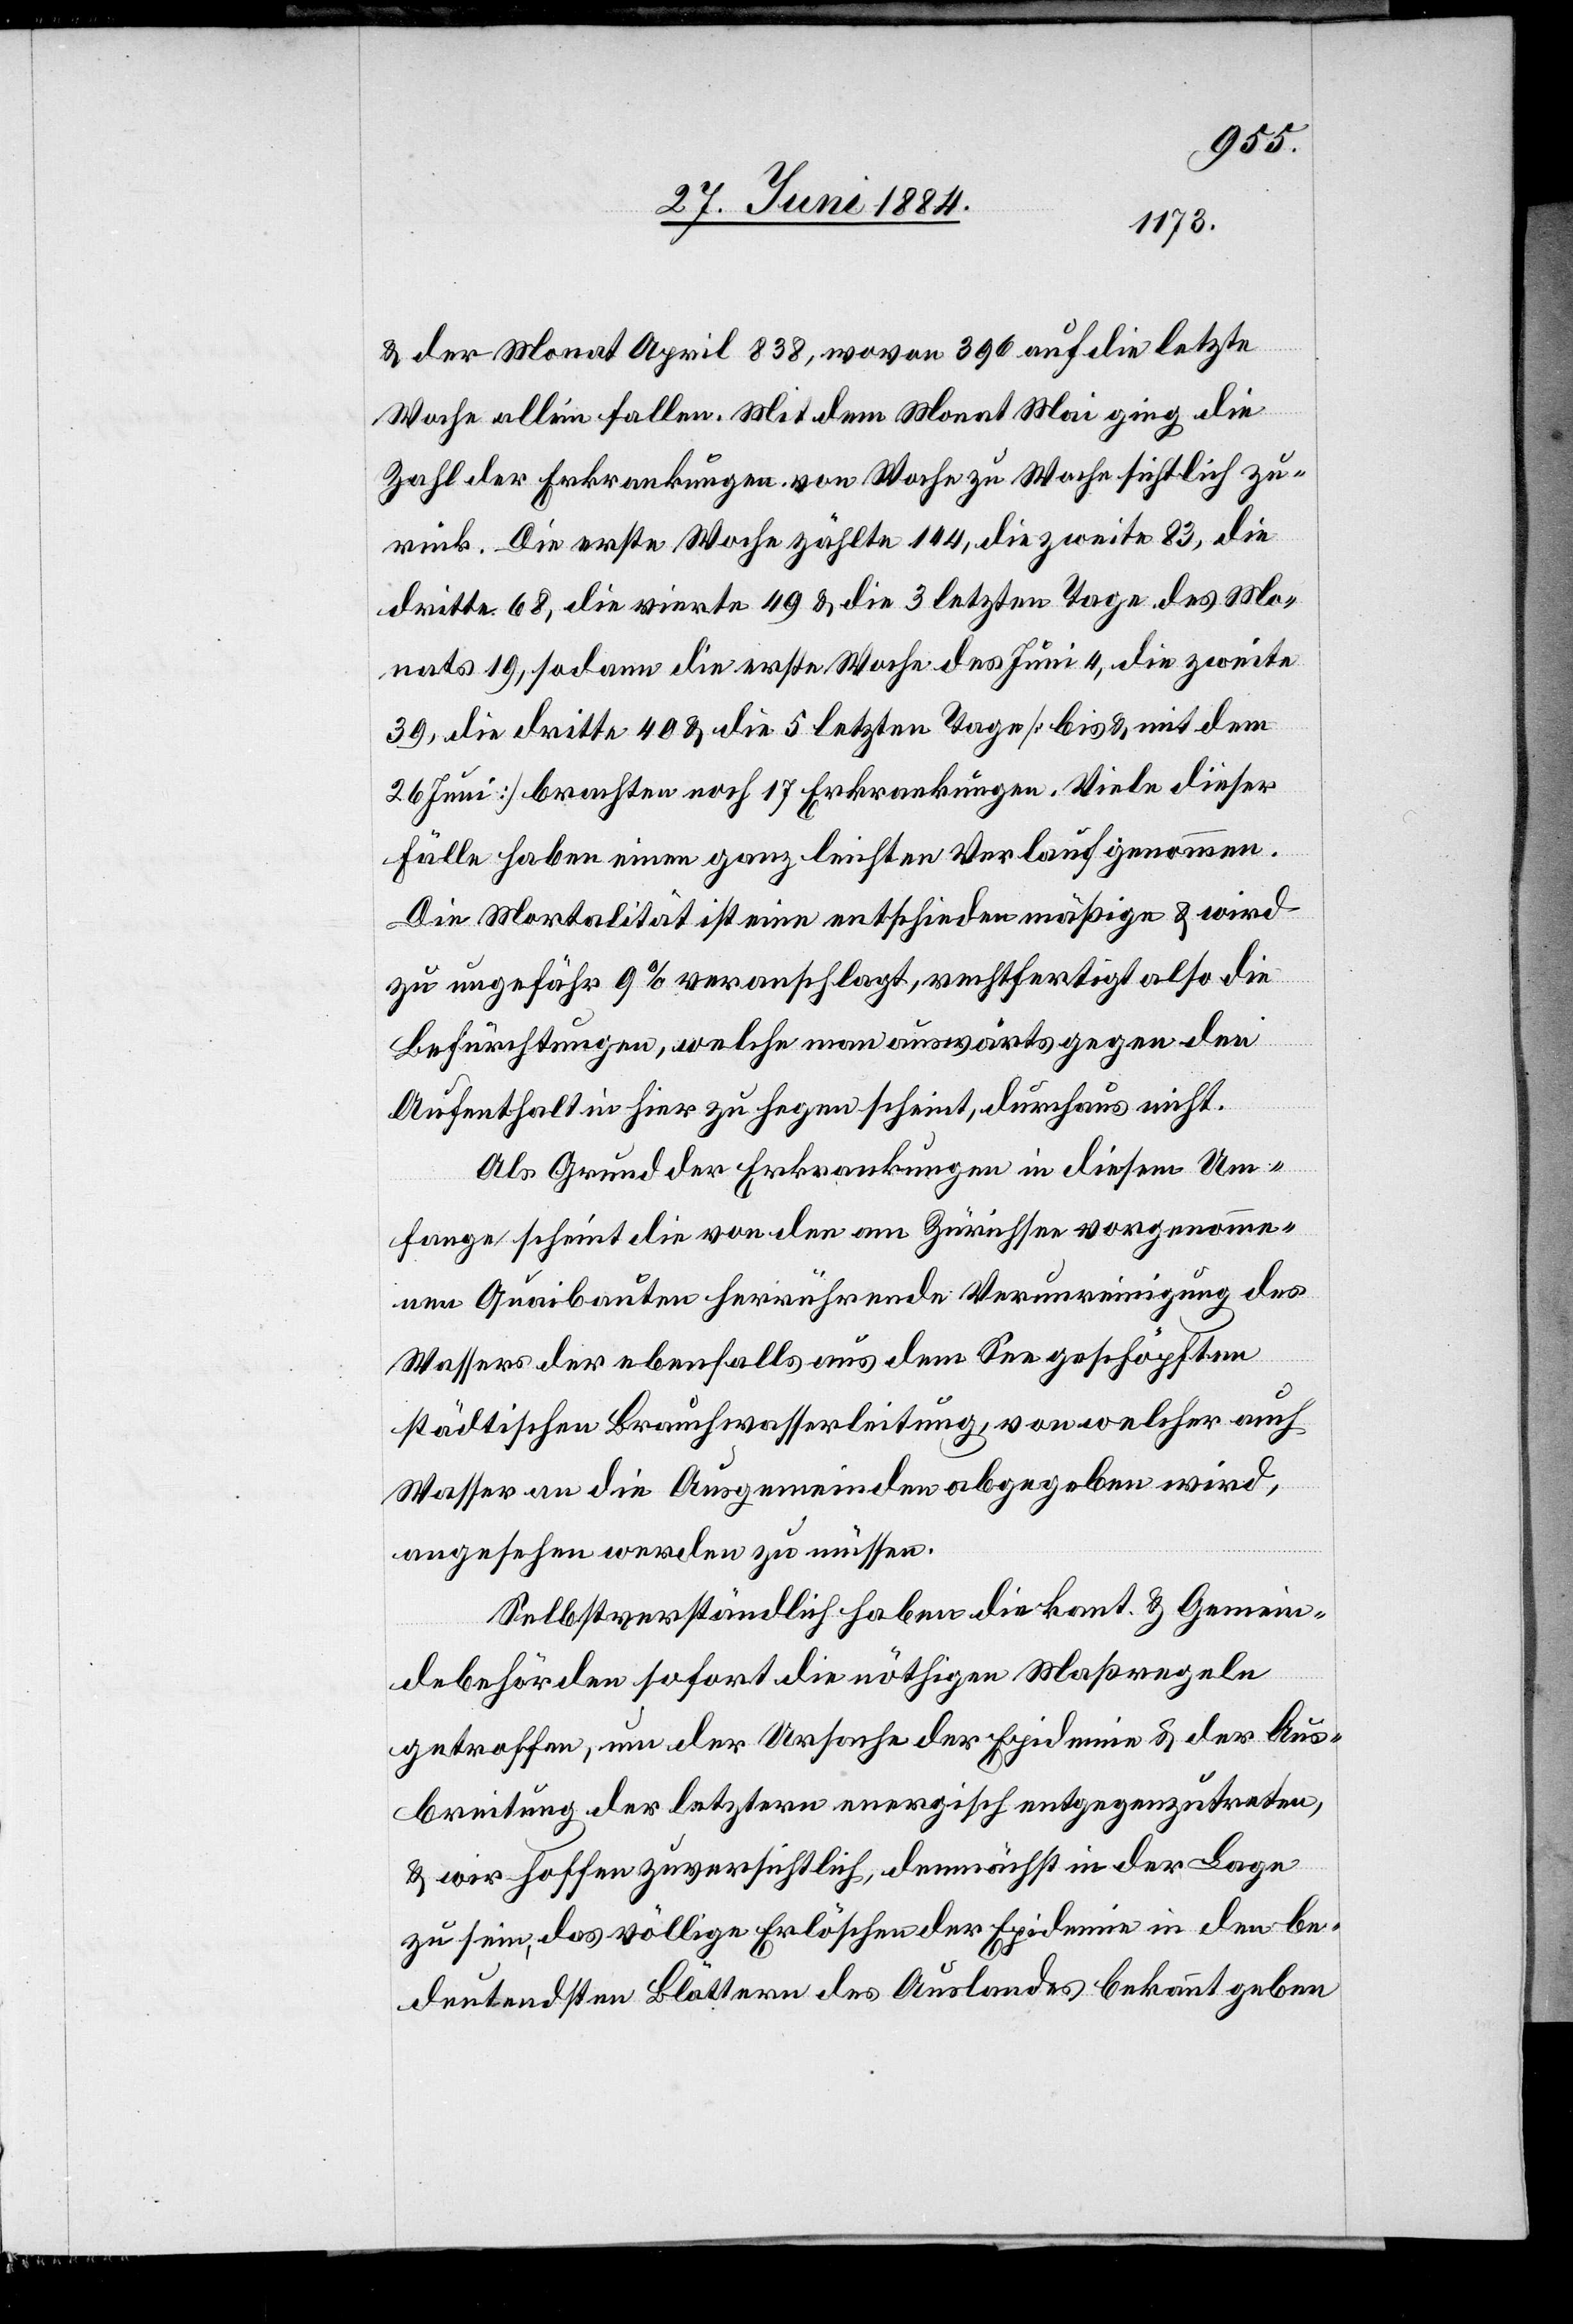
& der Monat April 838, wovon 396 auf die letzte
Woche allein fallen. Mit dem Monat Mai ging die
Zahl der Erkrankungen von Woche zu Woche sichtlich zu¬
rück. Die erste Woche zählt 144, die zweite 83, die
dritte 68, die vierte 49 & die 3 letzten Tage des Mo¬
nats 19, sodann die erste Woche des Juni 4, die zweite
39, die dritte 40 & die 5 letzten Tage [bis & mit dem
26. Juni] brachten noch 17 Erkrankungen. Viele dieser
Fälle haben einen ganz leichten Verlauf genommen.
Die Mortalität ist eine entschieden mäßige & wird
zu ungefähr 9% veranschlagt, rechtfertigt also die
Befürchtungen, welche man auswärts gegen den
Aufenthalt hier zu heben scheint, durchaus nicht.
Als Grund der Erkrankungen in diesem Um¬
fange scheint die von den am Zürichsee vorgenomme¬
nen Quaibauten herrührende Verunreinigung des
Wassers der ebenfalls aus dem See geschöpften
städtischen Brauchwasserleitung, von welcher auch
Wasser an die Ausgemeinden abgegeben wird,
angesehen werden zu müssen.
Selbstverständlich haben die kant. & Gemein¬
debehörden sofort die nöthigen Maßregeln
getroffen, um der Ursache der Epidemie & der Aus¬
breitung der letztern energisch entgegenzutreten,
& wir hoffen zuversichtlich, demnächst in der Lage
zu sein, das völlige Erlöschen der Epidemie in den be¬
deutendsten Blättern des Auslandes bekannt geben